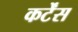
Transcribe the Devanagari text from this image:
कर्टेंस